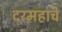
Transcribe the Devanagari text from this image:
दरमहाचे